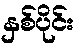
နှစ်ပိုင်း